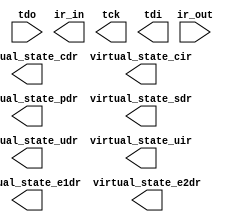
// megafunction wizard: %Virtual JTAG%VBB%
// GENERATION: STANDARD
// VERSION: WM1.0
// MODULE: sld_virtual_jtag 

// ============================================================
// Megafunction Name(s):
// 			sld_virtual_jtag
//
// Simulation Library Files(s):
// 			altera_mf
// ============================================================
// ************************************************************
// THIS IS A WIZARD-GENERATED FILE. DO NOT EDIT THIS FILE!
//
// 12.1 Build 243 01/31/2013 SP 1 SJ Web Edition
// ************************************************************

//Copyright (C) 1991-2012 Altera Corporation
//Your use of Altera Corporation's design tools, logic functions 
//and other software and tools, and its AMPP partner logic 
//functions, and any output files from any of the foregoing 
//(including device programming or simulation files), and any 
//associated documentation or information are expressly subject 
//to the terms and conditions of the Altera Program License 
//Subscription Agreement, Altera MegaCore Function License 
//Agreement, or other applicable license agreement, including, 
//without limitation, that your use is for the sole purpose of 
//programming logic devices manufactured by Altera and sold by 
//Altera or its authorized distributors.  Please refer to the 
//applicable agreement for further details.

module vJTAG (
	ir_out,
	tdo,
	ir_in,
	tck,
	tdi,
	virtual_state_cdr,
	virtual_state_cir,
	virtual_state_e1dr,
	virtual_state_e2dr,
	virtual_state_pdr,
	virtual_state_sdr,
	virtual_state_udr,
	virtual_state_uir);

	input	[2:0]  ir_out;
	input	  tdo;
	output	[2:0]  ir_in;
	output	  tck;
	output	  tdi;
	output	  virtual_state_cdr;
	output	  virtual_state_cir;
	output	  virtual_state_e1dr;
	output	  virtual_state_e2dr;
	output	  virtual_state_pdr;
	output	  virtual_state_sdr;
	output	  virtual_state_udr;
	output	  virtual_state_uir;

endmodule

// ============================================================
// CNX file retrieval info
// ============================================================
// Retrieval info: PRIVATE: INTENDED_DEVICE_FAMILY STRING "Cyclone IV E"
// Retrieval info: PRIVATE: show_jtag_state STRING "0"
// Retrieval info: LIBRARY: altera_mf altera_mf.altera_mf_components.all
// Retrieval info: CONSTANT: SLD_AUTO_INSTANCE_INDEX STRING "YES"
// Retrieval info: CONSTANT: SLD_INSTANCE_INDEX NUMERIC "0"
// Retrieval info: CONSTANT: SLD_IR_WIDTH NUMERIC "3"
// Retrieval info: CONSTANT: SLD_SIM_ACTION STRING ""
// Retrieval info: CONSTANT: SLD_SIM_N_SCAN NUMERIC "0"
// Retrieval info: CONSTANT: SLD_SIM_TOTAL_LENGTH NUMERIC "0"
// Retrieval info: USED_PORT: ir_in 0 0 3 0 OUTPUT NODEFVAL "ir_in[2..0]"
// Retrieval info: USED_PORT: ir_out 0 0 3 0 INPUT NODEFVAL "ir_out[2..0]"
// Retrieval info: USED_PORT: tck 0 0 0 0 OUTPUT NODEFVAL "tck"
// Retrieval info: USED_PORT: tdi 0 0 0 0 OUTPUT NODEFVAL "tdi"
// Retrieval info: USED_PORT: tdo 0 0 0 0 INPUT NODEFVAL "tdo"
// Retrieval info: USED_PORT: virtual_state_cdr 0 0 0 0 OUTPUT NODEFVAL "virtual_state_cdr"
// Retrieval info: USED_PORT: virtual_state_cir 0 0 0 0 OUTPUT NODEFVAL "virtual_state_cir"
// Retrieval info: USED_PORT: virtual_state_e1dr 0 0 0 0 OUTPUT NODEFVAL "virtual_state_e1dr"
// Retrieval info: USED_PORT: virtual_state_e2dr 0 0 0 0 OUTPUT NODEFVAL "virtual_state_e2dr"
// Retrieval info: USED_PORT: virtual_state_pdr 0 0 0 0 OUTPUT NODEFVAL "virtual_state_pdr"
// Retrieval info: USED_PORT: virtual_state_sdr 0 0 0 0 OUTPUT NODEFVAL "virtual_state_sdr"
// Retrieval info: USED_PORT: virtual_state_udr 0 0 0 0 OUTPUT NODEFVAL "virtual_state_udr"
// Retrieval info: USED_PORT: virtual_state_uir 0 0 0 0 OUTPUT NODEFVAL "virtual_state_uir"
// Retrieval info: CONNECT: @ir_out 0 0 3 0 ir_out 0 0 3 0
// Retrieval info: CONNECT: @tdo 0 0 0 0 tdo 0 0 0 0
// Retrieval info: CONNECT: ir_in 0 0 3 0 @ir_in 0 0 3 0
// Retrieval info: CONNECT: tck 0 0 0 0 @tck 0 0 0 0
// Retrieval info: CONNECT: tdi 0 0 0 0 @tdi 0 0 0 0
// Retrieval info: CONNECT: virtual_state_cdr 0 0 0 0 @virtual_state_cdr 0 0 0 0
// Retrieval info: CONNECT: virtual_state_cir 0 0 0 0 @virtual_state_cir 0 0 0 0
// Retrieval info: CONNECT: virtual_state_e1dr 0 0 0 0 @virtual_state_e1dr 0 0 0 0
// Retrieval info: CONNECT: virtual_state_e2dr 0 0 0 0 @virtual_state_e2dr 0 0 0 0
// Retrieval info: CONNECT: virtual_state_pdr 0 0 0 0 @virtual_state_pdr 0 0 0 0
// Retrieval info: CONNECT: virtual_state_sdr 0 0 0 0 @virtual_state_sdr 0 0 0 0
// Retrieval info: CONNECT: virtual_state_udr 0 0 0 0 @virtual_state_udr 0 0 0 0
// Retrieval info: CONNECT: virtual_state_uir 0 0 0 0 @virtual_state_uir 0 0 0 0
// Retrieval info: GEN_FILE: TYPE_NORMAL vJTAG.v TRUE
// Retrieval info: GEN_FILE: TYPE_NORMAL vJTAG.inc FALSE
// Retrieval info: GEN_FILE: TYPE_NORMAL vJTAG.cmp FALSE
// Retrieval info: GEN_FILE: TYPE_NORMAL vJTAG.bsf FALSE
// Retrieval info: GEN_FILE: TYPE_NORMAL vJTAG_inst.v FALSE
// Retrieval info: GEN_FILE: TYPE_NORMAL vJTAG_bb.v TRUE
// Retrieval info: LIB_FILE: altera_mf